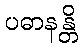
ပဓာနန္တိ